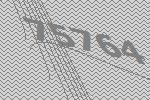
75764